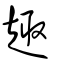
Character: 趣